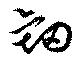
衂